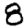
Digit: 8